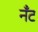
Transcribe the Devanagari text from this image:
नँँट